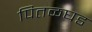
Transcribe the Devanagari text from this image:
पितळघड